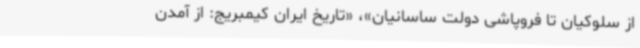
از سلوکیان تا فروپاشی دولت ساسانیان»، «تاریخ ایران کیمبریج: از آمدن